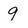
Character: 9